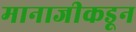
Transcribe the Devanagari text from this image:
मानाजीकडून